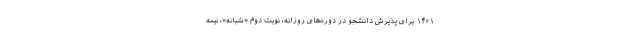
۱۴۰۱ برای پذیرش دانشجو در دوره‌های روزانه، نوبت دوم «شبانه»، نیمه